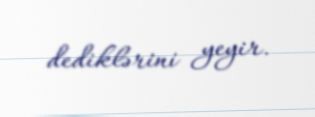
dediklərini yeyir.